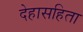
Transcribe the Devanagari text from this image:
देहासहिता